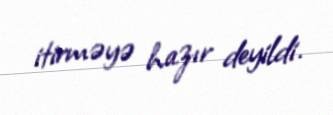
itirməyə hazır deyildi.